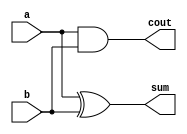
module top_module(
    input a,b,
    output sum,cout
);
assign cout=a&b;
assign sum=a^b;


endmodule